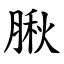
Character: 䐐